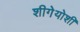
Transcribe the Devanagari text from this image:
शीगेयोशी